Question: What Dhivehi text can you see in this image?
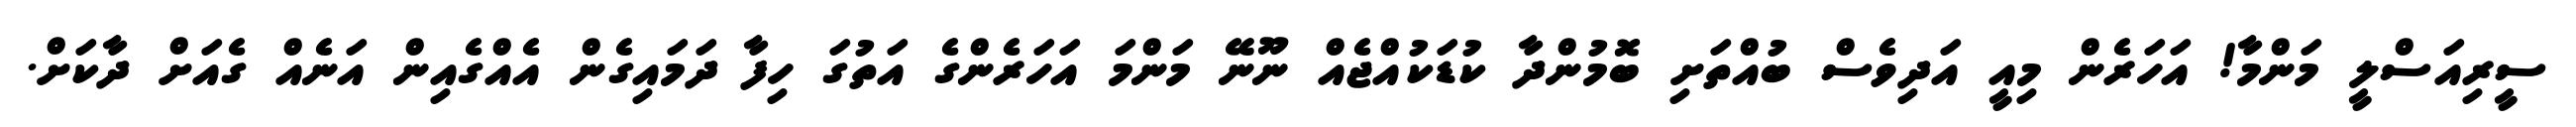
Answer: ސީރިއަސްލީ މަންމާ! އަހަރެން މިއީ އަދިވެސް ބުއްތަށި ބޮމުންދާ ކުޑަކުއްޖެއް ނޫނޭ މަންމަ އަހަރެންގެ އަތުގަ ހިފާ ދަމައިގެން އެއްގެއިން އަނެއް ގެއަށް ދާކަށް.